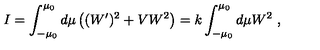
I = \int _ { - \mu _ { 0 } } ^ { \mu _ { 0 } } d \mu \left( ( W ^ { \prime } ) ^ { 2 } + V W ^ { 2 } \right) = k \int _ { - \mu _ { 0 } } ^ { \mu _ { 0 } } d \mu W ^ { 2 } \ ,